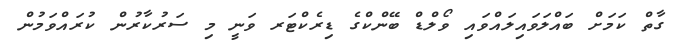
ގާތް ކަމަށް ބައްލަވައިލައްވައި ވޯލްޑް ބޭންކްގެ ޑިރެކްޓަރ ވަނީ މި ސަރުކާރުން ކުރައްވަމުން